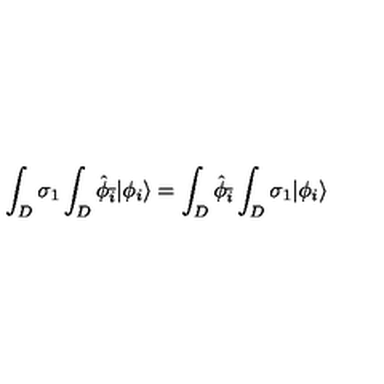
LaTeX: \int _ { D } \sigma _ { 1 } \int _ { D } { \hat { \phi } } _ { \bar { i } } | \phi _ { i } \rangle = \int _ { D } { \hat { \phi } } _ { \bar { i } } \int _ { D } \sigma _ { 1 } | \phi _ { i } \rangle \,